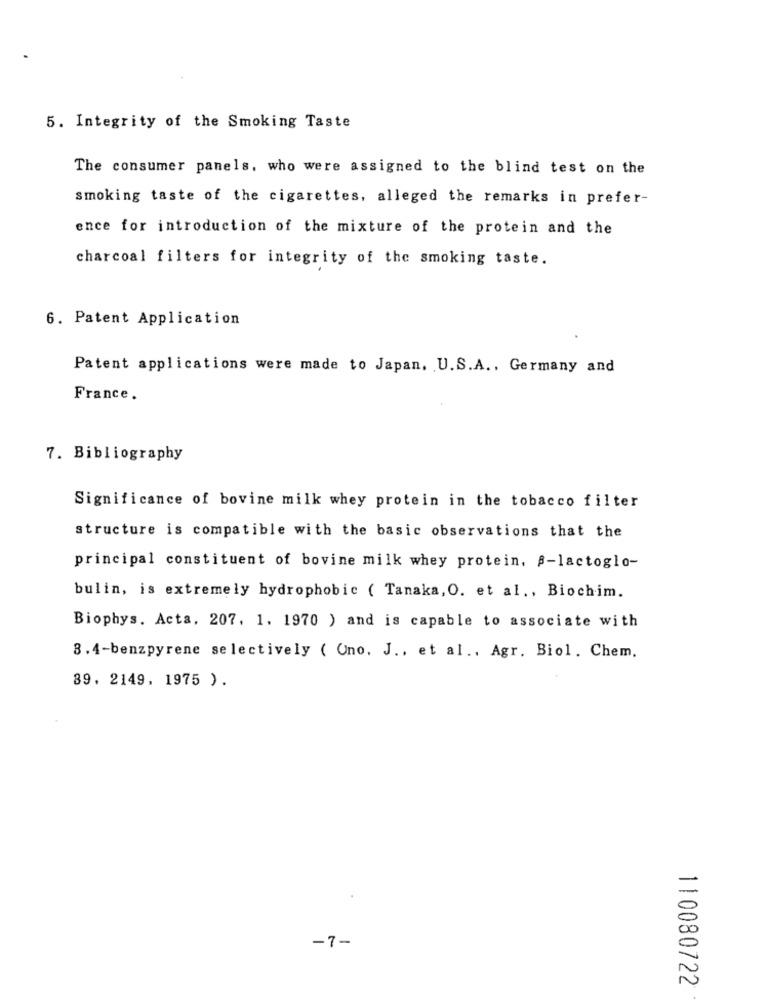
5. Integrity of the Smoking Taste
The consumer panels, who were assigned to the blind test on the
smoking taste of the cigarettes, alleged the remarks in prefer-
ence for introduction of the mixture of the protein and the
charcoal filters for integrity of the smoking taste.
6. Patent Application
Patent applications were made to Japan, U.S.A ., Germany and
France.
7. Bibliography
Significance of bovine milk whey protein in the tobacco filter
structure is compatible with the basic observations that the
principal constituent of bovine milk whey protein. a-lactoglo-
bulin, is extremely hydrophobic ( Tanaka, O. et al ., Biochim.
Biophys. Acta, 207. 1. 1970 ) and is capable to associate with
8.4-benzpyrene selectively ( Ono. J .. et al .. Agr. Biol. Chem.
39. 2149. 1975 ).
-7-
110080722